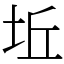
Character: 坵